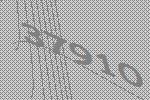
37910